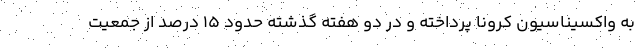
به واکسیناسیون کرونا پرداخته و در دو هفته گذشته حدود 15 درصد از جمعیت